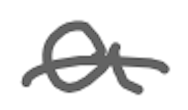
Text: a
Cross-out: single-line
Writing tool: digital_gray